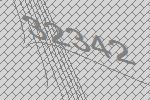
32342